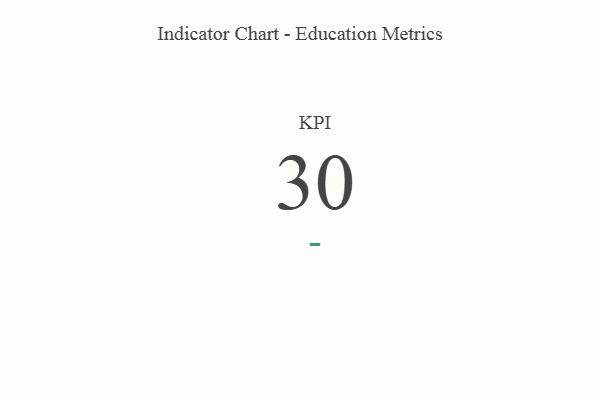
{"axis": {"x": "KPI", "y": "Value"}, "legend": [""], "data": [{"x": "KPI", "y": 30, "type": ""}]}